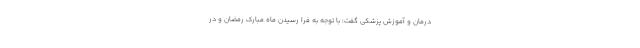
درمان و آموزش پزشکی گفت: با توجه به فرا رسیدن ماه مبارک رمضان و در